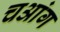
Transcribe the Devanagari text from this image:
चआंग